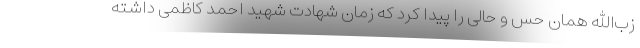
زب‌الله همان حس و حالی را پیدا کرد که زمان شهادت شهید احمد کاظمی داشته